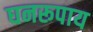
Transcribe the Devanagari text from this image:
घनरूपाय